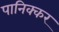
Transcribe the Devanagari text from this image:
पानिक्कर